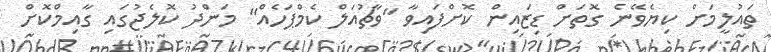
ތައުލީމަށް ކިޔެވޭނެ ގޮތަށް ޑިޒައިން ކޮށްފައިވާ "ވާޗުއަލް ކެމްޕަހެއް" މަންދު ކޮލެޖުގައި ގާއިމްކޮށް